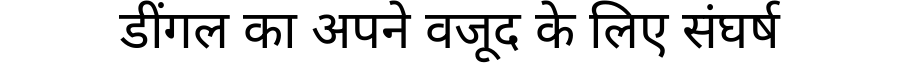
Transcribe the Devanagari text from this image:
डींगल का अपने वजूद के लिए संघर्ष